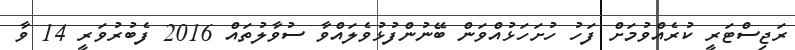
ރަޖިސްޓަރީ ކުރެއްވުމަށް ފަހު ހުށަހަޅުއްވަން ބޭނުންފުޅުވެލައްވާ ސުވާލުތައް 2016 ފެބުރުވަރީ 14 ވާ